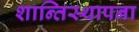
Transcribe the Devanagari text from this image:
शान्तिस्थापना